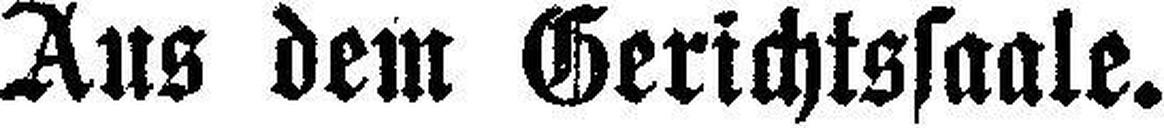
Aus dem Gerichtssaale.